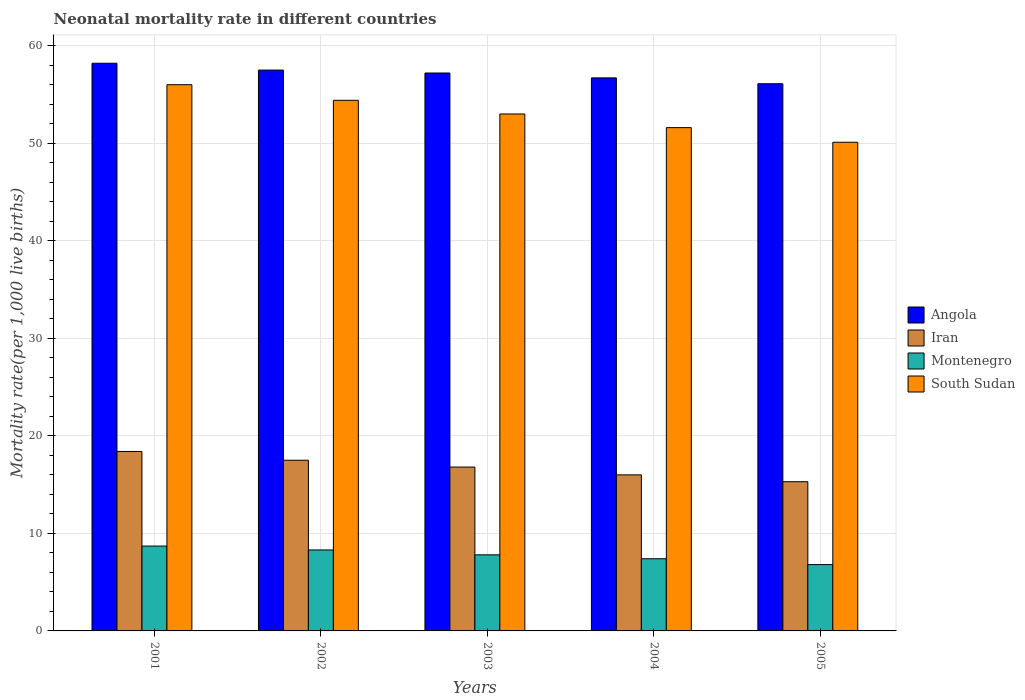
| Years | Angola | Iran | Montenegro | South Sudan |
 | --- | --- | --- | --- | --- |
 | 2001 | 58.2 | 18.4 | 8.7 | 56 |
 | 2002 | 57.5 | 17.5 | 8.3 | 54.4 |
 | 2003 | 57.2 | 16.8 | 7.8 | 53 |
 | 2004 | 56.7 | 16 | 7.4 | 51.6 |
 | 2005 | 56.1 | 15.3 | 6.8 | 50.1 |